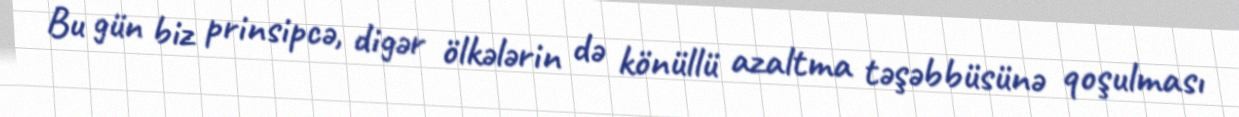
Bu gün biz prinsipcə, digər ölkələrin də könüllü azaltma təşəbbüsünə qoşulması